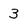
Character: 3